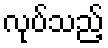
လုပ်သည့်